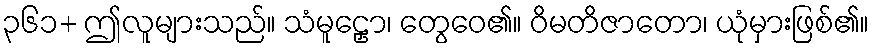
၃၆၁+ ဤလူများသည်။ သံမူဠှော၊ တွေဝေ၏။ ဝိမတိဇာတော၊ ယုံမှားဖြစ်၏။